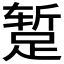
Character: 𫏐